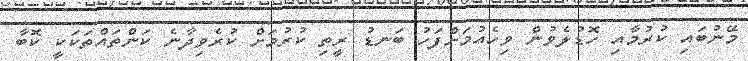
މޭނުބައި ކުރުމާއި ހޮޑުލެވުން ވިހެއުމަށްފަހު ބަނޑު ރީތި ކުރުމަށް ކުރެވިދާނެ ކަންތައްތަކަކީ ކޮބާ